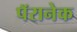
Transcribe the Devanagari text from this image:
पॅरानेक